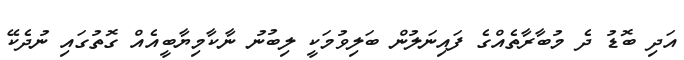
އަދި ބޮޑު ދެ މުބާރާތެއްގެ ފައިނަލުން ބަލިވުމަކީ ލިބުނު ނާކާމިޔާބީއެއް ގޮތުގަައި ނުދެކޭ